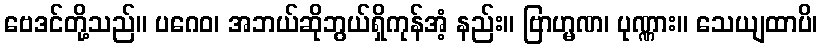
ဗေဒင်တို့သည်။ ပဂေဝ၊ အဘယ်ဆိုဘွယ်ရှိကုန်အံ့ နည်း။ ဗြာဟ္မဏ၊ ပုဏ္ဏား။ သေယျထာပိ၊